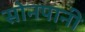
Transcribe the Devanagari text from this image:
सोनपानी